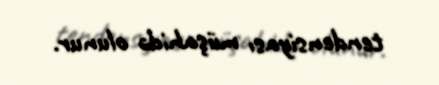
tendensiyası müşahidə olunur.